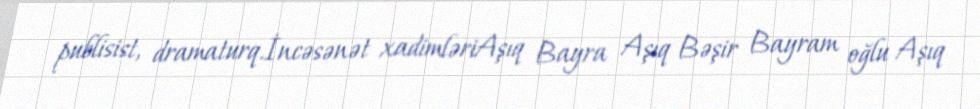
publisist, dramaturq.İncəsənət xadimləriAşıq Bayra Aşıq Bəşir Bayram oğlu Aşıq